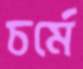
চর্মে